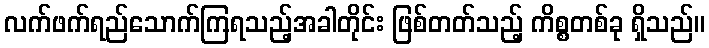
လက်ဖက်ရည်သောက်ကြရသည့်အခါတိုင်း ဖြစ်တတ်သည့် ကိစ္စတစ်ခု ရှိသည်။